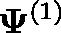
\mathbf { \Psi } ^ { ( 1 ) }